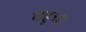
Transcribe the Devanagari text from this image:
बहूधा